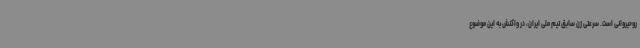
روحیروانی است. سرعتی زن سابق تیم ملی ایران، در واکنش به این موضوع